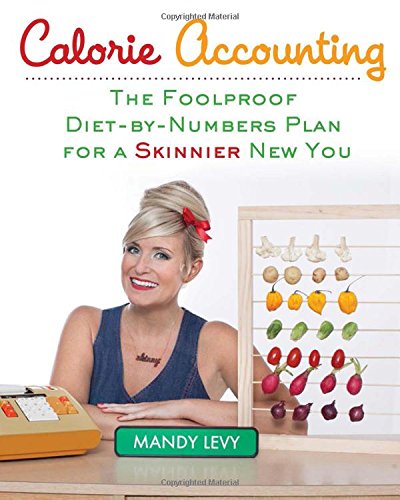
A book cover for Calorie Accounting: The Foolproof Diet-by-Numbers Plan for a Skinnier New You; Mandy Levy; Humor & Entertainment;